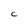
Character: C